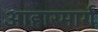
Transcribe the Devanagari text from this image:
आहारमार्ग